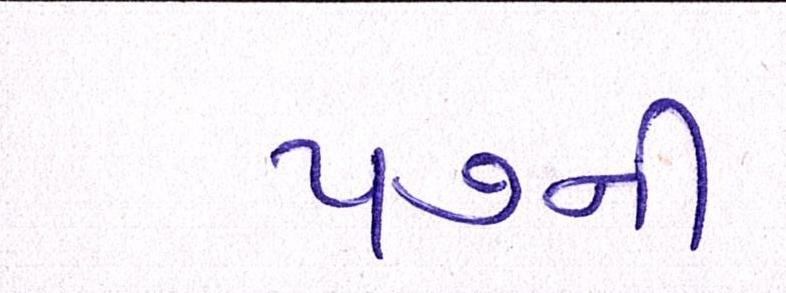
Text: ૫૭ની